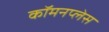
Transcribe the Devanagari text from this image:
कॉमनप्लेस